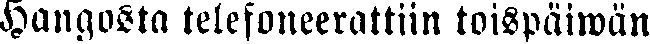
Hangosta telefoneerattiin toispäiwän